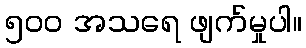
၅၀၀ အသရေ ဖျက်မှုပါ။